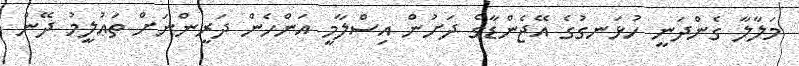
މަލާލާ ގެންދަނީ ހުޅަނގުގެ އޭޖެންޑާގެ ދަށުން އިސްލާމީ އަންހެން ދަރީންނަށް ތަޢުލީމު ދޭން